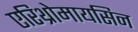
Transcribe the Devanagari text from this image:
एरिथ्रोमायसिन